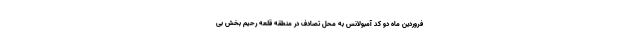
فروردین ماه دو کد آمبولانس به محل تصادف در منطقه قلعه رحیم بخش بی